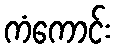
ကံကောင်း